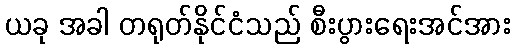
ယခု အခါ တရုတ်နိုင်ငံသည် စီးပွားရေးအင်အား